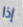
إذا